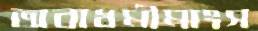
অবাধমীমাংস